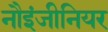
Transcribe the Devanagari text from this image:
नौइंजीनियर